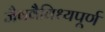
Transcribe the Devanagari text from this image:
जैववैविध्यपूर्ण